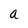
Character: a